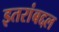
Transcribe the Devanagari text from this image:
इतरांबद्दल